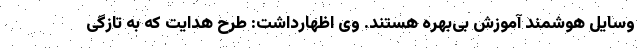
وسایل هوشمند آموزش بی‌بهره هستند. وی اظهارداشت: طرح هدایت که به تازگی